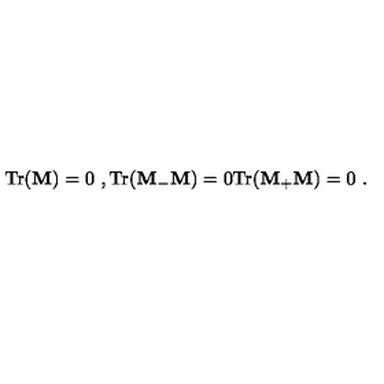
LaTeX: \mathrm { T r } ( { \bf M } ) = 0 \ , \mathrm { T r } ( { \bf M } _ { - } { \bf M } ) = 0 \mathrm { T r } ( { \bf M } _ { + } { \bf M } ) = 0 \ .